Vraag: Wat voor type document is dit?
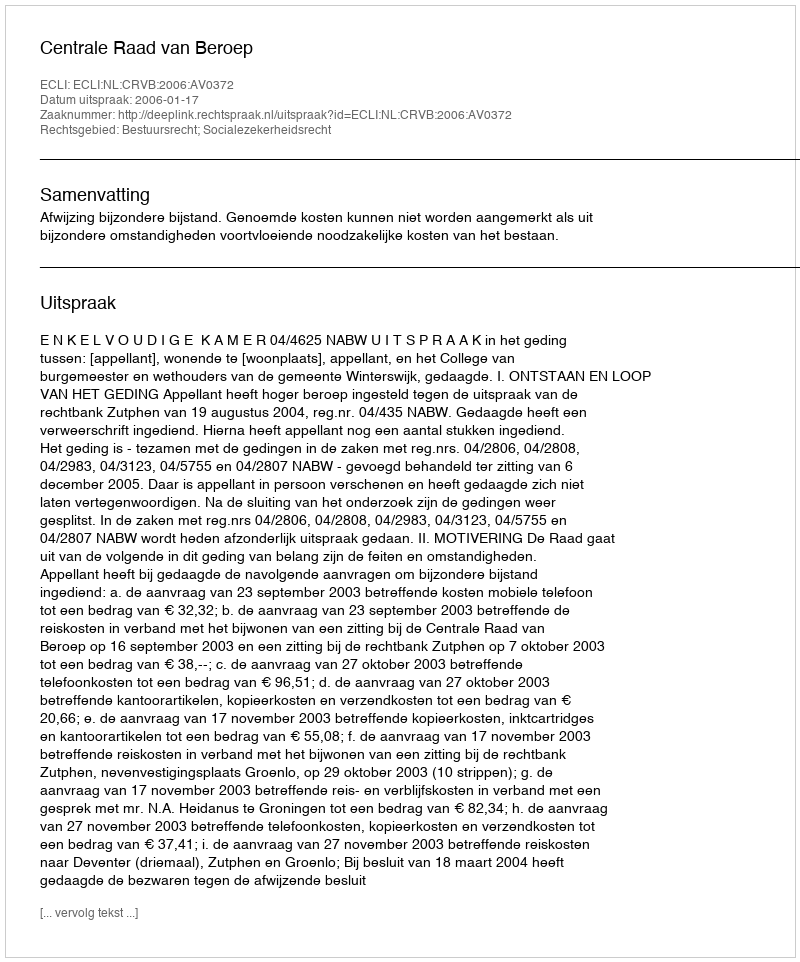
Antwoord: Uitspraak